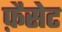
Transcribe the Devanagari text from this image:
फ़ैसेट